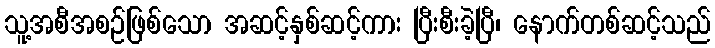
သူ့အစီအစဉ်ဖြစ်သော အဆင့်နှစ်ဆင့်ကား ပြီးစီးခဲ့ပြီ၊ နောက်တစ်ဆင့်သည်